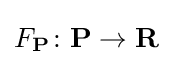
F_{\mathbf {P} }\colon {\mathbf {P} }\to {\mathbf {R} }